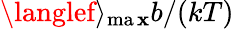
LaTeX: \langlef\rangle_{\operatorname*{ma\mathbf{x}}}b/(kT)